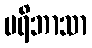
ပရိဘာသာ